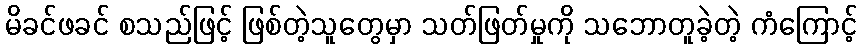
မိခင်ဖခင် စသည်ဖြင့် ဖြစ်တဲ့သူတွေမှာ သတ်ဖြတ်မှုကို သဘောတူခဲ့တဲ့ ကံကြောင့်